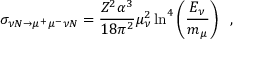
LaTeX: \sigma _ { \nu N \to \mu ^ { + } \mu ^ { - } \nu N } = \frac { Z ^ { 2 } \alpha ^ { 3 } } { 1 8 \pi ^ { 2 } } \mu _ { \nu } ^ { 2 } \ln ^ { 4 } \left( \frac { E _ { \nu } } { m _ { \mu } } \right) \; \; ,